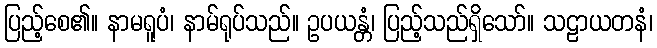
ပြည့်စေ၏။ နာမရူပံ၊ နာမ်ရုပ်သည်။ ဥပယန္တံ၊ ပြည့်သည်ရှိသော်။ သဠာယတနံ၊